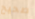
صحيح